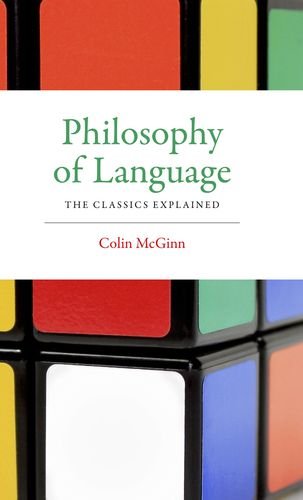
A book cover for Philosophy of Language: The Classics Explained; Colin McGinn; Politics & Social Sciences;